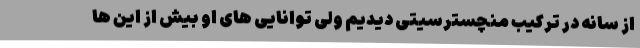
از سانه در ترکیب منچسترسیتی دیدیم ولی توانایی های او بیش از این ها